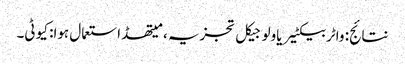
نتائج: واٹر بیکٹیریاولوجیکل تجزیہ ، میتھڈ استعمال ہوا: کیو ٹی۔